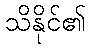
သိနိုင်၏